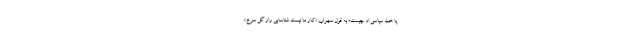
یا خط سیاسی او چیست؛ به قول سهراب «کار ما نیست شناسایی راز گل سرخ».